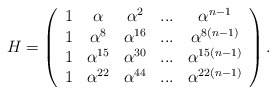
\begin{align*}H=\left( \begin{array}{ccccc}1 & \alpha & \alpha ^{2} & ... & \alpha ^{n-1} \\ 1 & \alpha ^{8} & \alpha ^{16} & ... & \alpha ^{8(n-1)} \\ 1 & \alpha ^{15} & \alpha ^{30} & ... & \alpha ^{15(n-1)} \\ 1 & \alpha ^{22} & \alpha ^{44} & ... & \alpha ^{22\left( n-1\right) }\end{array}\right) . \end{align*}